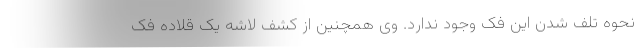
نحوه تلف شدن این فک وجود ندارد. وی همچنین از کشف لاشه یک قلاده فک